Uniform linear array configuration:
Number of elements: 24
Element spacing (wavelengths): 0.5
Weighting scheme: blackman
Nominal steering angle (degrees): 15
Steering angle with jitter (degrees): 14.236
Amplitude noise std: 0.05
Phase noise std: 0.05

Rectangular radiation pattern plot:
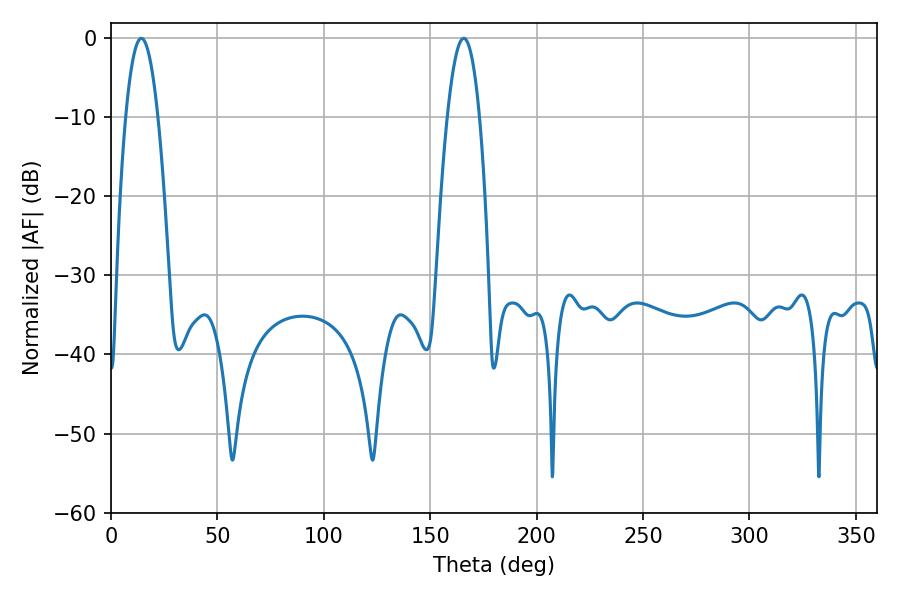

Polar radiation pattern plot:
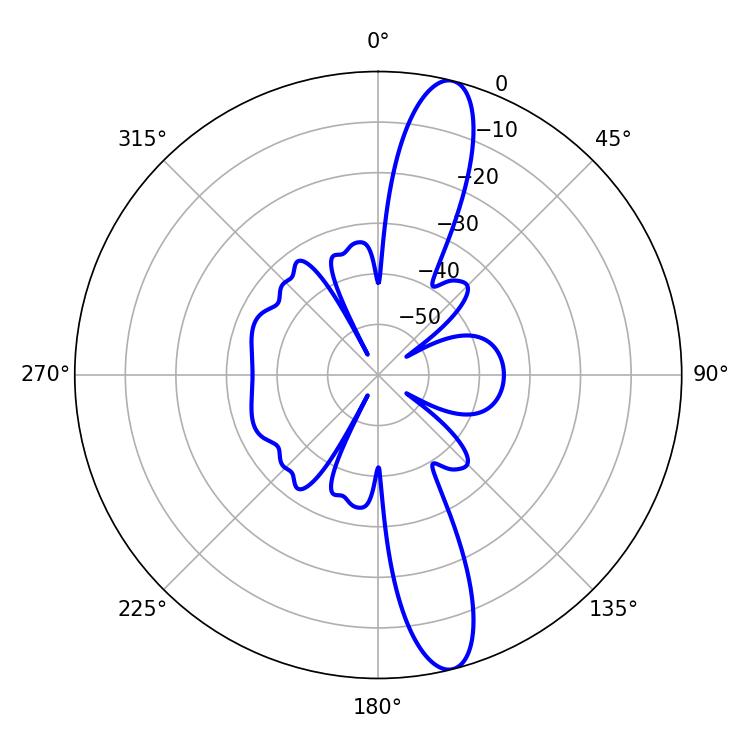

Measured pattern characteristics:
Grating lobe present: FALSE
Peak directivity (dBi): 14.139
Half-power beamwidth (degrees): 8.46
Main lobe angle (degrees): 14.22